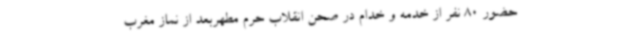
حضور 80 نفر از خدمه و خدام در صحن انقلاب حرم مطهربعد از نماز مغرب